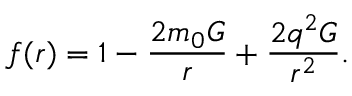
f ( r ) = 1 - \frac { 2 m _ { 0 } G } { r } + \frac { 2 q ^ { 2 } G } { r ^ { 2 } } .